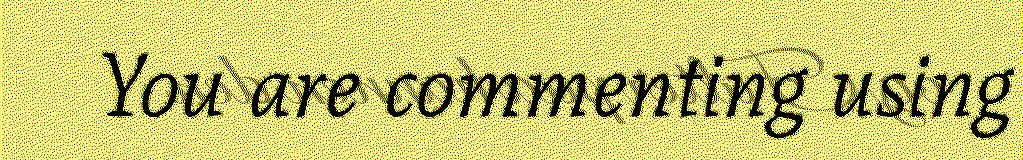
You are commenting using